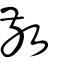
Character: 敊